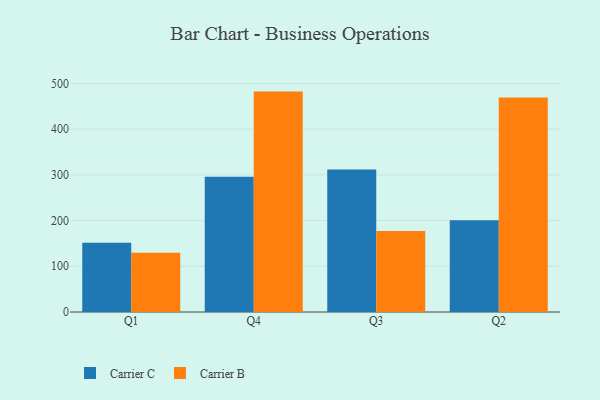
{"axis": {"x": "Quarter", "y": "Net Income (USD K)"}, "legend": ["Carrier B", "Carrier C"], "data": [{"x": "Q1", "y": 151.4, "type": "Carrier C"}, {"x": "Q1", "y": 129.8, "type": "Carrier B"}, {"x": "Q4", "y": 296.0, "type": "Carrier C"}, {"x": "Q4", "y": 482.1, "type": "Carrier B"}, {"x": "Q3", "y": 311.5, "type": "Carrier C"}, {"x": "Q3", "y": 177.4, "type": "Carrier B"}, {"x": "Q2", "y": 200.9, "type": "Carrier C"}, {"x": "Q2", "y": 469.1, "type": "Carrier B"}]}